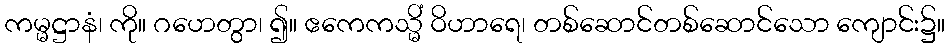
ကမ္မဋ္ဌာနံ၊ ကို။ ဂဟေတွာ၊ ၍။ ဧကေကသ္မိံ ဝိဟာရေ၊ တစ်ဆောင်တစ်ဆောင်သော ကျောင်း၌။